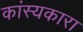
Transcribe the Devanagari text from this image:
कांस्यकारा